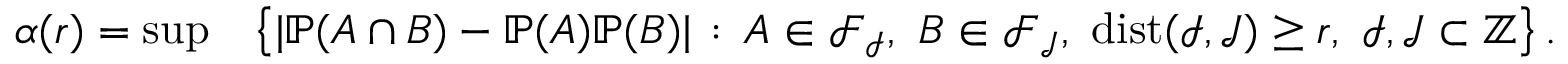
\begin{array} { r l } { \alpha ( r ) = \operatorname* { s u p } } & { \left\{ | \mathbb { P } ( A \cap B ) - \mathbb { P } ( A ) \mathbb { P } ( B ) | \, : \, A \in \mathcal { F } _ { \mathcal { I } } , ~ B \in \mathcal { F } _ { \mathcal { J } } , ~ \operatorname { d i s t } ( \mathcal { I } , \mathcal { J } ) \ge r , ~ \mathcal { I } , \mathcal { J } \subset { \mathbb Z } \right\} . } \end{array}